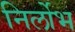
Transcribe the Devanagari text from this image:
निर्लोभ